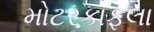
મોટરકાફલા